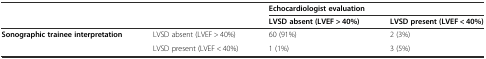
| <ROWSPAN=2-COLSPAN=2>  | <COLSPAN=2> Echocardiologist evaluation |
 | LVSD absent (LVEF > 40%) | LVSD present (LVEF < 40%) |
 | --- | --- | --- | --- |
 | <ROWSPAN=2> Sonographic trainee interpretation | LVSD absent (LVEF > 40%) | 60 (91%) | 2 (3%) |
 | LVSD present (LVEF < 40%) | 1 (1%) | 3 (5%) |